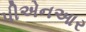
પીએનઆર